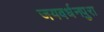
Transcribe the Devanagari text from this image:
जयवर्धनपुरा